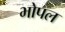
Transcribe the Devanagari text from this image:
भोपल